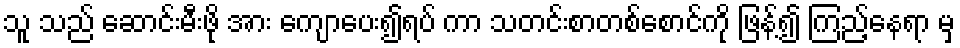
သူ သည် ဆောင်းမီးဖို အား ကျောပေး၍ရပ် ကာ သတင်းစာတစ်စောင်ကို ဖြန့်၍ ကြည့်နေရာ မှ